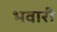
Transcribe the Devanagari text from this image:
भवारी